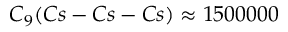
C _ { 9 } ( C s - C s - C s ) \approx 1 5 0 0 0 0 0